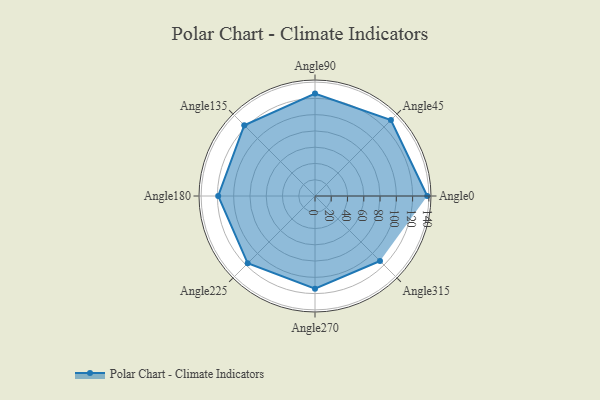
{"axis": {"x": "Angle", "y": "Radius"}, "legend": [""], "data": [{"x": "Angle0", "y": 138.0, "type": ""}, {"x": "Angle45", "y": 132.0, "type": ""}, {"x": "Angle90", "y": 126.0, "type": ""}, {"x": "Angle135", "y": 123.0, "type": ""}, {"x": "Angle180", "y": 119.0, "type": ""}, {"x": "Angle225", "y": 117.0, "type": ""}, {"x": "Angle270", "y": 114.0, "type": ""}, {"x": "Angle315", "y": 113.0, "type": ""}]}